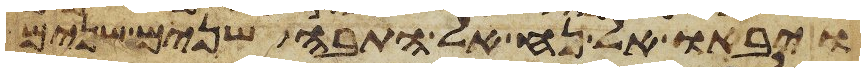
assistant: ויבאו אל נח אל התבה שנים שנים